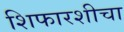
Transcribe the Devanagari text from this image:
शिफारशीचा